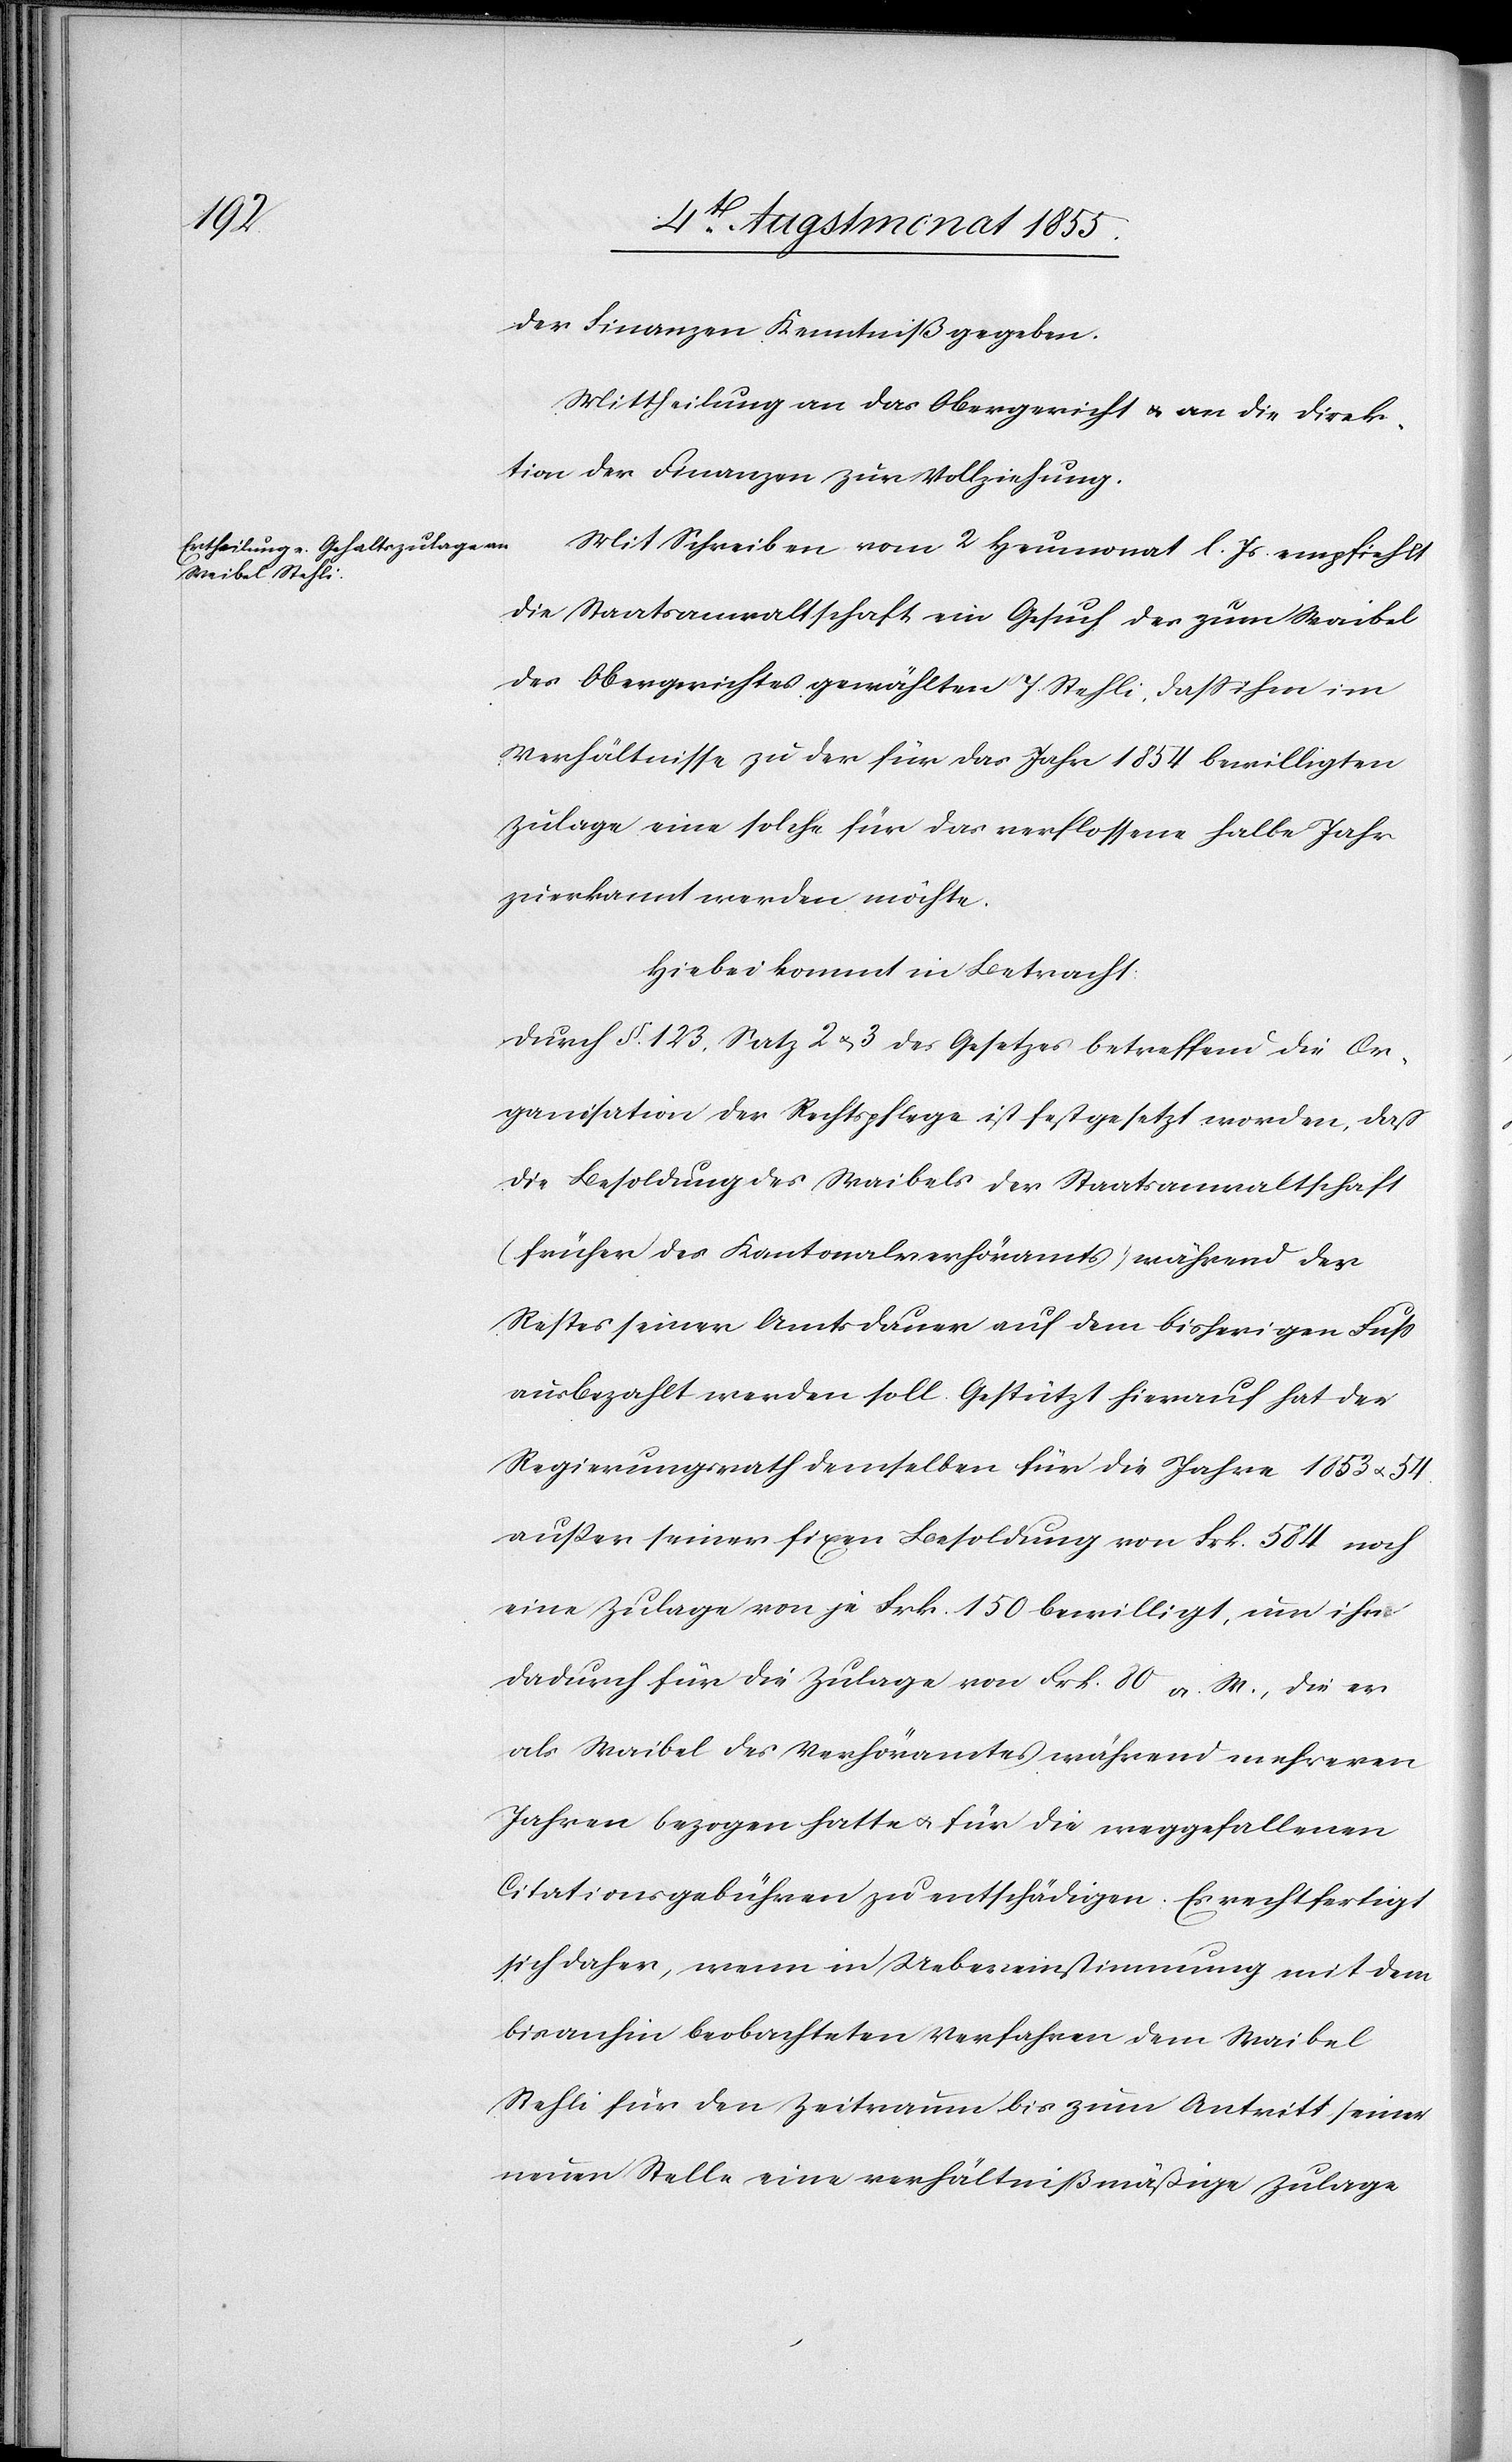
der Finanzen Kenntniß gegeben.
Mittheilung an das Obergericht & an die Direk¬
tion der Finanzen zur Vollziehung.
Mit Schreiben vom 2 Heumonat l. Js empfiehlt
die Staatsanwaltschaft ein Gesuch des zum Waibel
des Obergerichtes gewählten J. Stehli, dass ihm im
Verhältnisse zu der für das Jahr 1854 bewilligten
Zulage eine solche für das verflossene halbe Jahr
zuerkannt werden möchte.
Hiebei kommt in Betracht
Durch §. 123, Satz 2 & 3 des Gesetzes betreffend die Or¬
ganisation der Rechtspflege ist festgesetzt worden, daß
die Besoldung des Waibels der Staatsanwaltschaft
(früher des Kantonalverhöramts) während des
Restes seiner Amtsdauer auf dem bisherigen Fuß
ausbezahlt werden soll. Gestützt hierauf hat der
Regierungsrath demselben für die Jahre 1853 & 54
außer seiner fixen Besoldung von Frk. 584 noch
eine Zulage von je Frk. 150 bewilligt, um ihn
dadurch für die Zulage von Frk. 80 a. W., die er
als Waibel des Verhöramtes während mehreren
Jahren bezogen hatte & für die weggefallenen
Citationsgebühren zu entschädigen. Es rechtfertigt
sich daher, wenn in Uebereinstimmung mit dem
bisanhin beobachteten Verfahren dem Waibel
Stehli für den Zeitraum bis zum Antritt seiner
neuen Stelle eine verhältnißmäßige Zulage